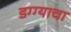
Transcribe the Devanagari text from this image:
डग्ग्याचा